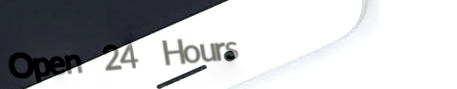
Open 24 Hours